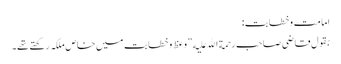
امامت وخطابت:
بقول قاضی صاحب رحمة الله علیه ”وعظ وخطابت میں خاص ملکہ رکھتے تھے۔